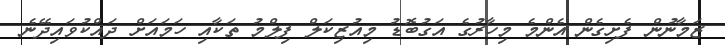
ޒަމާނުން ފެށިގެން އެންމެ މިހާރުގެ އަގުބޮޑު މިއުޒިކަލް ފިލްމު ތަކާއި ހަމައަށް ދައްކުވައިދޭނެ